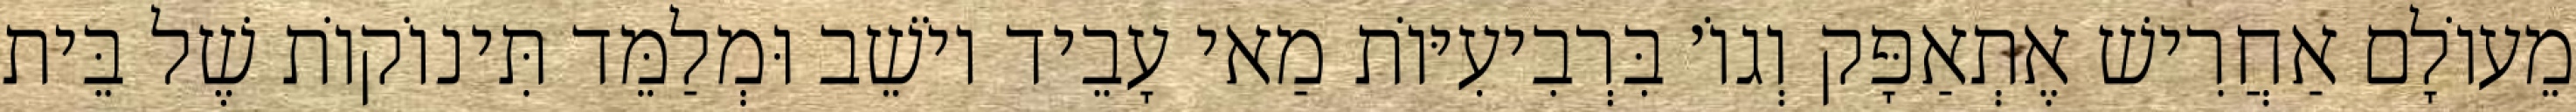
מֵעוֹלָם אַחֲרִישׁ אֶתְאַפָּק וְגוֹ׳ בִּרְבִיעִיּוֹת מַאי עָבֵיד יוֹשֵׁב וּמְלַמֵּד תִּינוֹקוֹת שֶׁל בֵּית